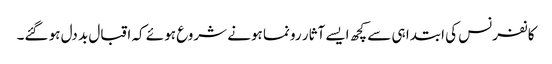
کانفرنس کی ابتدا ہی سے کچھ ایسے آثار رونما ہونے شروع ہوئے کہ اقبال بد دل ہو گئے۔